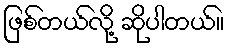
ဖြစ်တယ်လို့ ဆိုပါတယ်။